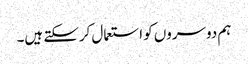
ہم دوسروں کو استعمال کرسکتے ہیں۔